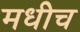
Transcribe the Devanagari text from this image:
मधीच